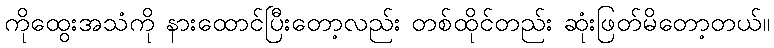
ကိုထွေးအသံကို နားထောင်ပြီးတော့လည်း တစ်ထိုင်တည်း ဆုံးဖြတ်မိတော့တယ်။